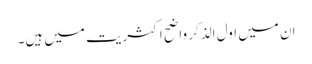
ان میں اول الذکر واضح اکثریت میں ہیں۔